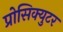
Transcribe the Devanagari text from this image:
प्रोसिक्युटर